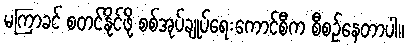
မကြာခင် စတင်နိုင်ဖို့ စစ်အုပ်ချုပ်ရေးကောင်စီက စီစဉ်နေတာပါ။